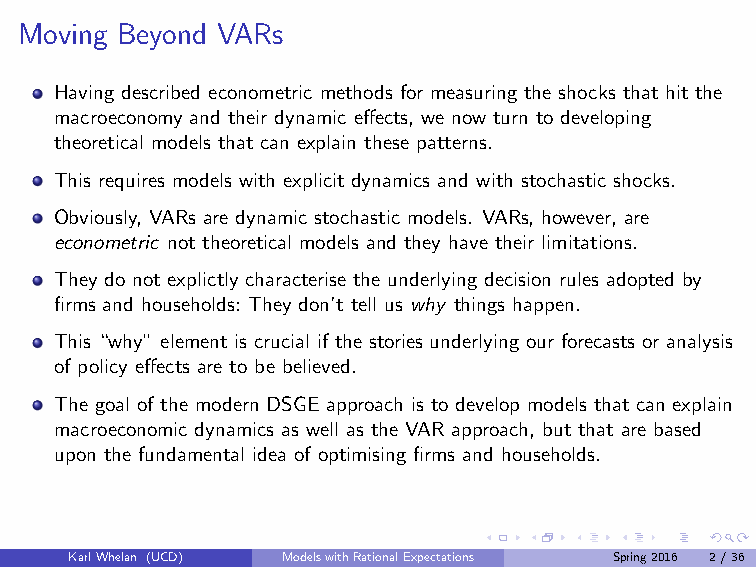
Moving Beyond VARs
 Having described econometric methods for measuring the shocks that hit the
 macroeconomy and their dynamic effects, we now turn to developing
 theoretical models that can explain these patterns.
 This requires models with explicit dynamics and with stochastic shocks.
 Obviously, VARs are dynamic stochastic models. VARs, however, are
 econometric not theoretical models and they have their limitations.
 They do not explictly characterise the underlying decision rules adopted by
 firms and households: They don’t tell us why things happen.
 This “why” element is crucial if the stories underlying our forecasts or analysis
 of policy effects are to be believed.
 The goal of the modern DSGE approach is to develop models that can explain
 macroeconomic dynamics as well as the VAR approach, but that are based
 upon the fundamental idea of optimising firms and households.
 KarlWhelan (UCD) ModelswithRationalExpectations Spring2016 2/36